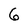
Character: 6